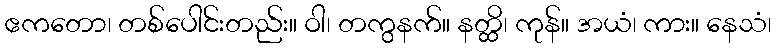
ဧကတော၊ တစ်ပေါင်းတည်း။ ဝါ၊ တကွနက်။ နတ္ထိ၊ ကုန်။ အယံ၊ ကား။ နေသံ၊